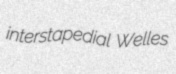
interstapedial Welles